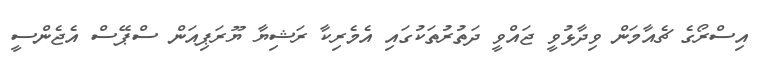
އިސްރޯގެ ޗެއާމަން ވިދާޅުވީ ޖައްވީ ދަތުރުތަކުގައި އެމެރިކާ ރަޝިޔާ ޔޫރަޕިއަން ސްޕޭސް އެޖެންސީ